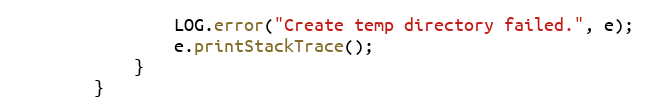
Language: Java
                LOG.error("Create temp directory failed.", e);
                e.printStackTrace();
            }
        }